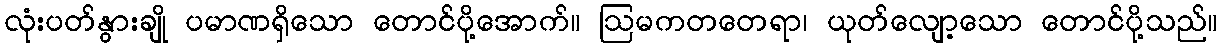
လုံးပတ်နွားချို ပမာဏရှိသော တောင်ပို့အောက်။ ဩမကတတေရာ၊ ယုတ်လျော့သော တောင်ပို့သည်။